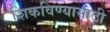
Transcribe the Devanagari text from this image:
शिकविण्‍यासाठी